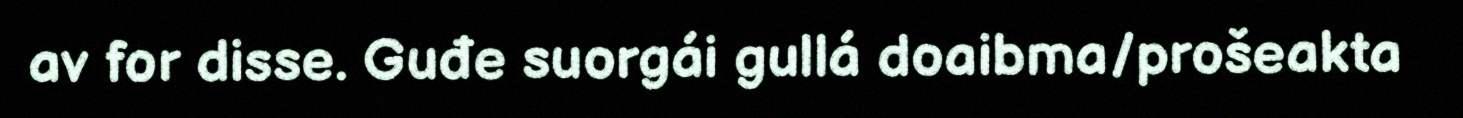
av for disse. Guđe suorgái gullá doaibma/prošeakta